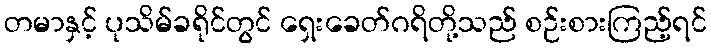
တမာနှင့် ပုသိမ်ခရိုင်တွင် ရှေးခေတ်ဂရိတို့သည် စဉ်းစားကြည့်ရင်